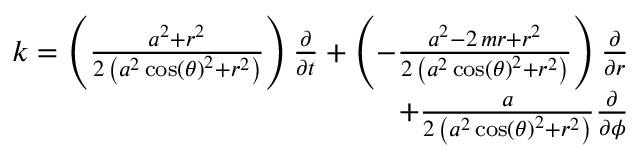
\begin{array} { r } { k = \left( \frac { a ^ { 2 } + r ^ { 2 } } { 2 \, { \left( a ^ { 2 } \cos \left( { \theta } \right) ^ { 2 } + r ^ { 2 } \right) } } \right) \frac { \partial } { \partial t } + \left( - \frac { a ^ { 2 } - 2 \, m r + r ^ { 2 } } { 2 \, { \left( a ^ { 2 } \cos \left( { \theta } \right) ^ { 2 } + r ^ { 2 } \right) } } \right) \frac { \partial } { \partial r } } \\ { + \frac { a } { 2 \, { \left( a ^ { 2 } \cos \left( { \theta } \right) ^ { 2 } + r ^ { 2 } \right) } } \frac { \partial } { \partial { \phi } } } \end{array}